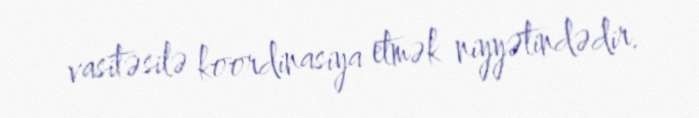
vasitəsilə koordinasiya etmək niyyətindədir.